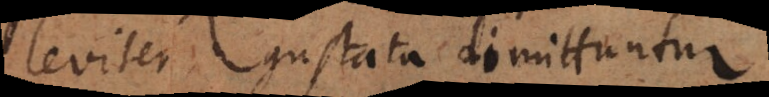
leviter gustata dimittuntur